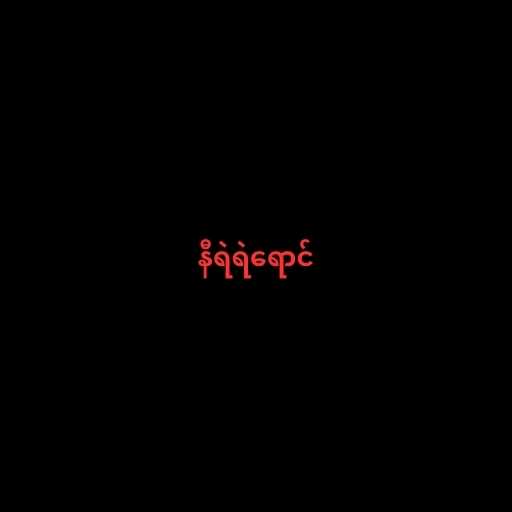
နီရဲရဲရောင်